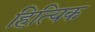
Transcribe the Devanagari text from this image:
हित्यिक